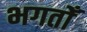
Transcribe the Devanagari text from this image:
भगतोँ